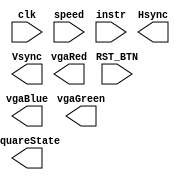
module squareHandler(
		input wire clk,
		input wire RST_BTN,
		input wire [7:0] speed,
		input wire [3:0] instr,
		output wire Hsync,       // horizontal sync output
      output wire Vsync,       // vertical sync output
      output wire [2:0] vgaRed,    // 3-bit VGA red output
      output wire [2:0] vgaGreen,    // 3-bit VGA green output
      output wire [2:0] vgaBlue,   // 2-bit VGA blue output
		output wire [47:0] squareState
    );
	 
	 reg [2:0] nextFreeSquareA;
	 reg [2:0] nextFreeSquareB;
	 reg [2:0] nextFreeSquareC;
	 reg [2:0] nextFreeSquareD;
	 reg [47:0] squareState;

	 reg [23:0] enable;
	 	 
	 always @ (posedge clk) begin
			if(RST_BTN) begin
				speed <= 1;
				enable <= 24'b0;
				nextFreeSquareA <= 0;
				nextFreeSquareB <= 0;
				nextFreeSquareC <= 0;
				nextFreeSquareD <= 0;
			end
			
			if (instr[0]) begin
				enable[nextFreeSquareA] <= 1;
				if(nextFreeSquareA == 3'd5)
					nextFreeSquareA <= 3'd0;
				else nextFreeSquareA <= nextFreeSquareA + 1'b1;
			end
			if (instr[1]) begin
				enable[nextFreeSquareB + 6] <= 1'b1;
				if(nextFreeSquareB == 3'd5)
					nextFreeSquareB <= 3'd0;
				else nextFreeSquareB <= nextFreeSquareB + 1'b1;
			end
			if (instr[2]) begin
				enable[nextFreeSquareC + 12] <= 1'b1;
				if(nextFreeSquareC == 3'd5)
					nextFreeSquareC <= 3'd0;
				else nextFreeSquareC <= nextFreeSquareC + 1'b1;
			end
			if (instr[3]) begin
				enable[nextFreeSquareD + 18] <= 1'b1;
				if(nextFreeSquareC == 3'd5)
					nextFreeSquareC <= 3'd0;
				else nextFreeSquareC <= nextFreeSquareC + 1'b1;
			end

		end

endmodule